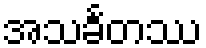
အသင်္ခတဿ